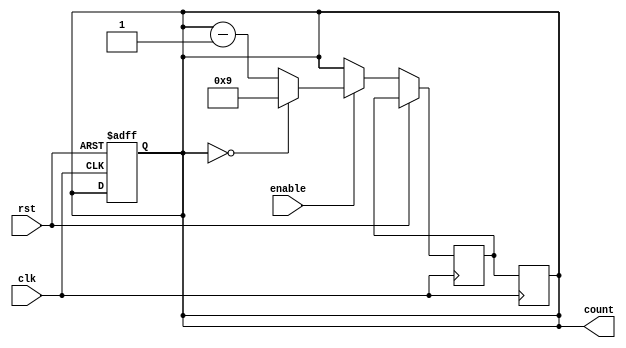
module BCD_Down_Counter (
    input wire clk,
    input wire rst,
    input wire enable,
    output reg [3:0] count
);

reg [3:0] next_count;

always @(posedge clk or posedge rst) begin
    if (rst) begin
        count <= 4'b1001; // initial value set to 9
    end else begin
        if (enable) begin
            if (count == 4'b0000) begin
                next_count <= 4'b1001; // reset to 9
            end else begin
                next_count <= count - 1;
            end
        end else begin
            next_count <= count;
        end
    end
end

always @(posedge clk) begin
    count <= next_count;
end

endmodule